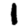
Digit: 1